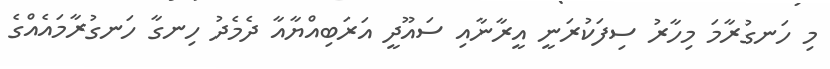
މި ހަނގުރާމަ މިހާރު ސިފަކުރަނީ އީރާނާއި ސައޫދީ އަރަބިއްޔާއާ ދެމެދު ހިނގާ ހަނގުރާމައެއްގެ